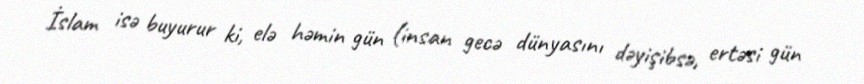
İslam isə buyurur ki, elə həmin gün (insan gecə dünyasını dəyişibsə, ertəsi gün